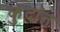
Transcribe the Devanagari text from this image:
कुदांत